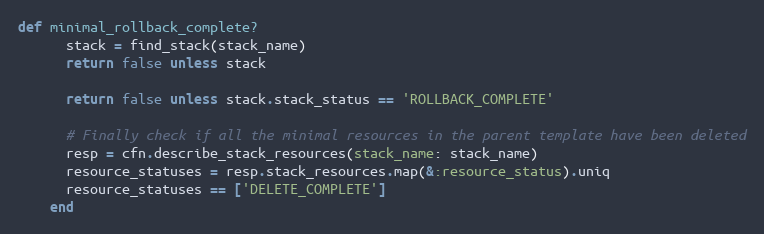
Language: Ruby
def minimal_rollback_complete?
      stack = find_stack(stack_name)
      return false unless stack

      return false unless stack.stack_status == 'ROLLBACK_COMPLETE'

      # Finally check if all the minimal resources in the parent template have been deleted
      resp = cfn.describe_stack_resources(stack_name: stack_name)
      resource_statuses = resp.stack_resources.map(&:resource_status).uniq
      resource_statuses == ['DELETE_COMPLETE']
    end